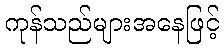
ကုန်သည်များအနေဖြင့်